Annual vaccination report of Bihar and Orissa - 1911-1928
Year: 1911
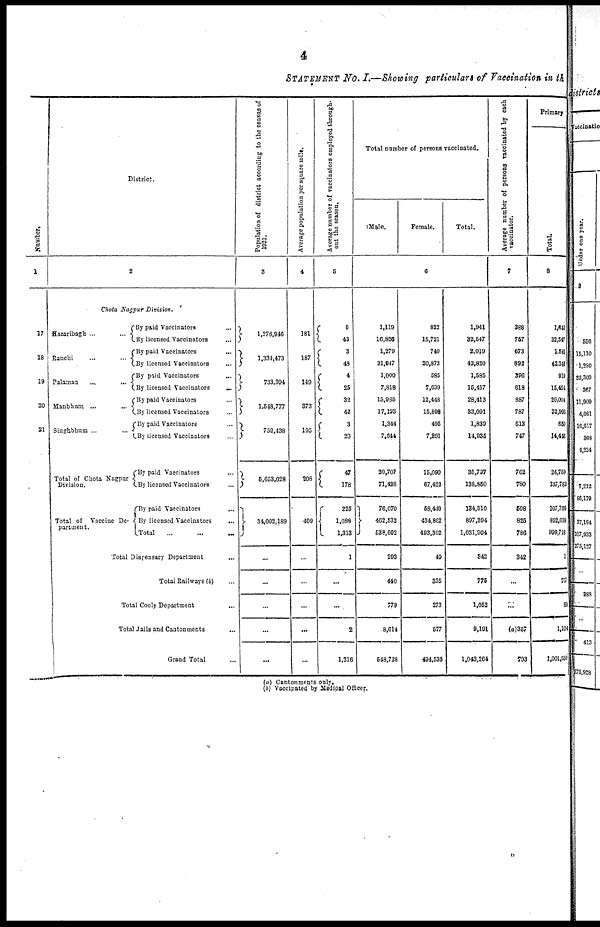
4
STATEMENT NO. I.—Showing particulars of Vaccination in the
Number.
1
17
18
19
20
21
District.
2
Chota Nagpur
Division.
Hazaribagh ... ...
Ranchi ... ...
Palaman
...
...
Manbhum ... ...
Singhbhum ... ...
Total of Chota Nagpur
Division.
Total of Vaccine De-
partment.
By paid Vaccinators ...
By licensed Vaccinators ...
By paid Vaccinators ...
By licensed Vaccinators ...
By paid Vaccinators ...
By licensed Vaccinators
...
By paid Vaccinators ...
By licensed Vaccinators ...
By paid Vaccinators ...
By licensed Vaccinators ...
By paid Vaccinators ...
By licensed Vaccinators ...
By paid Vaccinators ...
By licensed Vaccinators
...
Total ... ...
Total Dispensary Department ...
Total Railways (b) ...
Total Cooly Department ...
Total Jails and Cantonments ...
Grand Total ...
Population of district according to the census of
1931.
3
1,276,946
1,334,473
733,394
1,548,777
759,438
5,653,028
34,002,189
...
...
...
...
...
Average population per square mile.
4
181
187
149
373
195
208
409
...
...
...
...
Average number of vaccinators employed through-
out the season.
5
5
43
3
48
4
25
32
42
3
20
47
178
225
1,089
1,313
1
...
...
2
1,316
Total number of persons vaccinated.
Male.
Female.
Total.
6
1,119
16,826
1,279
21,947
1,000
7,818
15,965
17,193
1,344
7,644
20,707
71,428
76,070
462,532
538,602
293
440
779
8,614
548,728
822
15,721
740
20,873
585
7,639
12,448
15,898
495
7,291
15,090
67,422
68,440
434,862
493,302
49
335
273
577
494,538
1,941
32,547
2,019
42,820
1,585
15,457
28,413
33,091
1,839
14,935
35,797
138,850
134,510
897,394
1,031,904
342
775
1,052
9,191
1,043,264
Average number of persons vaccinated by each
vaccinator.
7
388
757
673
892
396
618
887
787
613
747
762
780
598
825
786
342
...
...
(a)357
793
Primary
Total.
8
1,643
32,547
1,540
42,340
919
15,454
20,004
32,993
650
14,446
24,759
137,783
107,700
892,018
999,718
1
767
60
1,104
1,001,650
(a) Cantonments only.
(b) Vaccinated by Medical Officer.